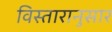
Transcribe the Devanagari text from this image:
विस्तारानुसार